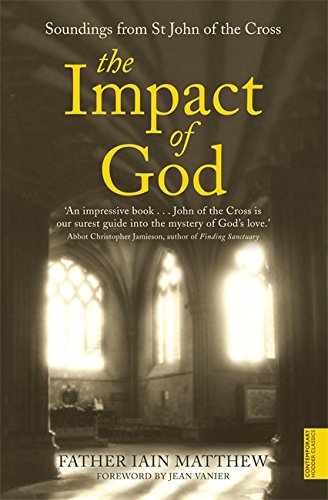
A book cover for The Impact of God: Soundings from St. John of The Cross (Hodder Christian Paperbacks); Iain Matthew; Christian Books & Bibles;